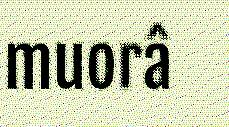
muorâ